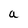
Character: a